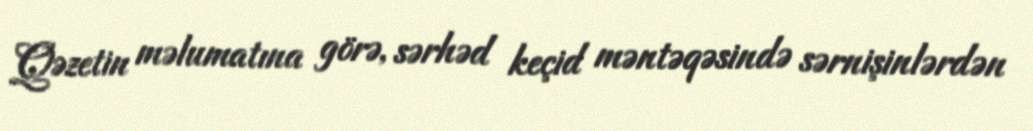
Qəzetin məlumatına görə, sərhəd keçid məntəqəsində sərnişinlərdən